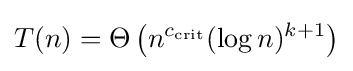
T(n)=\Theta \left(n^{c_{\operatorname {crit} }}(\log n)^{k+1}\right)